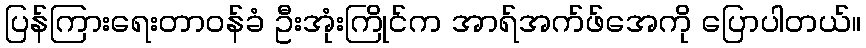
ပြန်ကြားရေးတာဝန်ခံ ဦးအုံးကြိုင်က အာရ်အက်ဖ်အေကို ပြောပါတယ်။